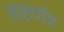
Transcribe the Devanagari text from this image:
तारार्णव